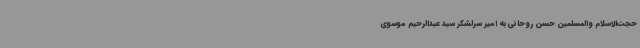
حجت‌الاسلام والمسلمین حسن روحانی به امیر سرلشکر سید عبدالرحیم موسوی